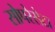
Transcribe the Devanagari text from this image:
सोपरेसेटा